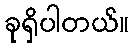
ခုရှိပါတယ်။